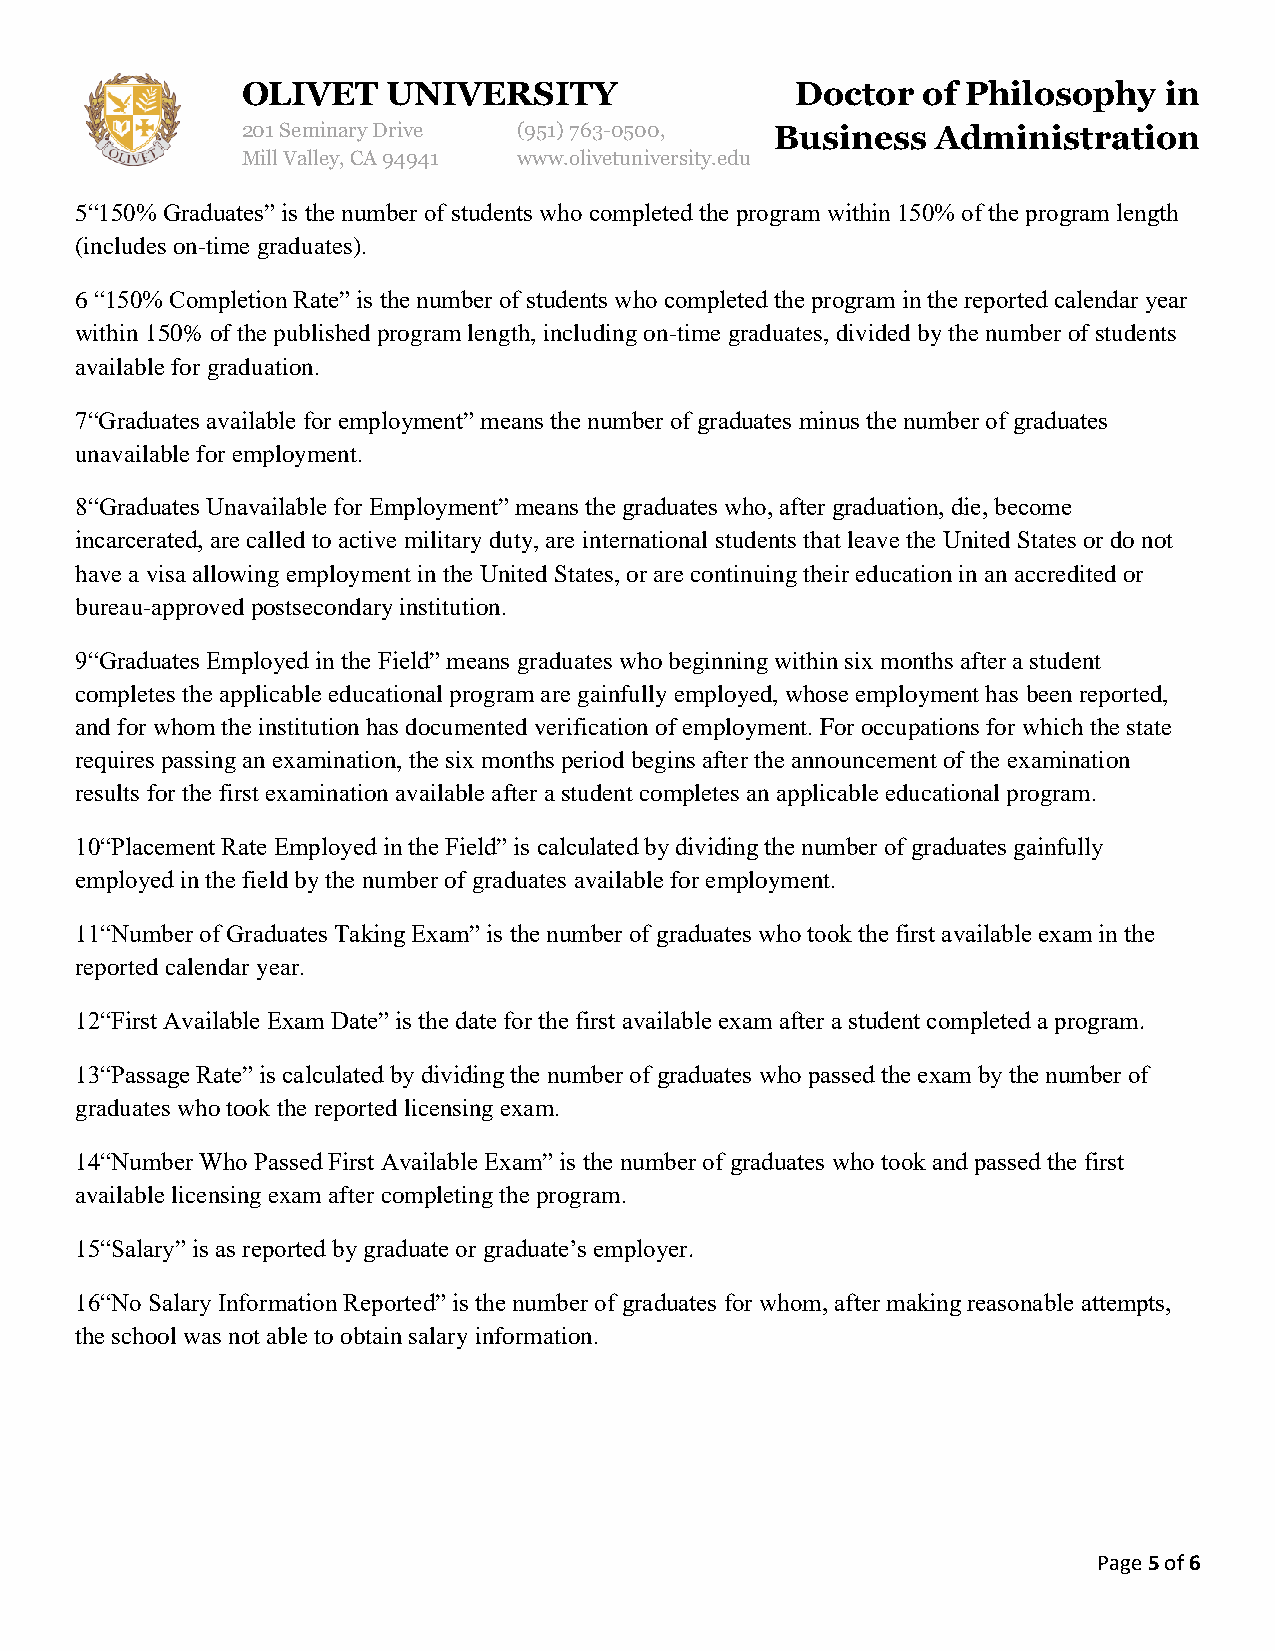
OLIVET    UNIVERSITY                 Doctor  of Philosophy   in
 201 Seminary Drive (951)763-0500,  Business   Administration
 Mill Valley, CA 94941 www.olivetuniversity.edu
 5“150% Graduates” is the number of students who completed the program within 150% of the program length
 (includes on-time graduates).
 6 “150% Completion Rate” is the number of students who completed the program in the reported calendar year
 within 150% of the published program length, including on-time graduates, divided by the number of students
 available for graduation.
 7“Graduates available for employment” means the number of graduates minus the number of graduates
 unavailable for employment.
 8“Graduates Unavailable for Employment” means the graduates who, after graduation, die, become
 incarcerated, are called to active military duty, are international students that leave the United States or do not
 have a visa allowing employment in the United States, or are continuing their education in an accredited or
 bureau-approved postsecondary institution.
 9“Graduates Employed in the Field” means graduates who beginning within six months after a student
 completes the applicable educational program are gainfully employed, whose employment has been reported,
 and for whom the institution has documented verification of employment. For occupations for which the state
 requires passing an examination, the six months period begins after the announcement of the examination
 results for the first examination available after a student completes an applicable educational program.
 10“Placement Rate Employed in the Field” is calculated by dividing the number of graduates gainfully
 employed in the field by the number of graduates available for employment.
 11“Number of Graduates Taking Exam” is the number of graduates who took the first available exam in the
 reported calendar year.
 12“First Available Exam Date” is the date for the first available exam after a student completed a program.
 13“Passage Rate” is calculated by dividing the number of graduates who passed the exam by the number of
 graduates who took the reported licensing exam.
 14“Number Who Passed First Available Exam” is the number of graduates who took and passed the first
 available licensing exam after completing the program.
 15“Salary” is as reported by graduate or graduate’s employer.
 16“No Salary Information Reported” is the number of graduates for whom, after making reasonable attempts,
 the school was not able to obtain salary information.
 Page 5 of 6